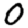
Digit: 0